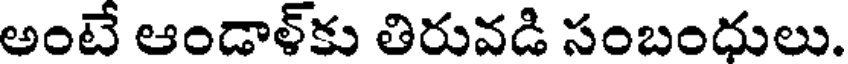
అంటే ఆండాళ్కు తిరువడి సంబంధులు.